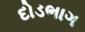
દોડભાગ